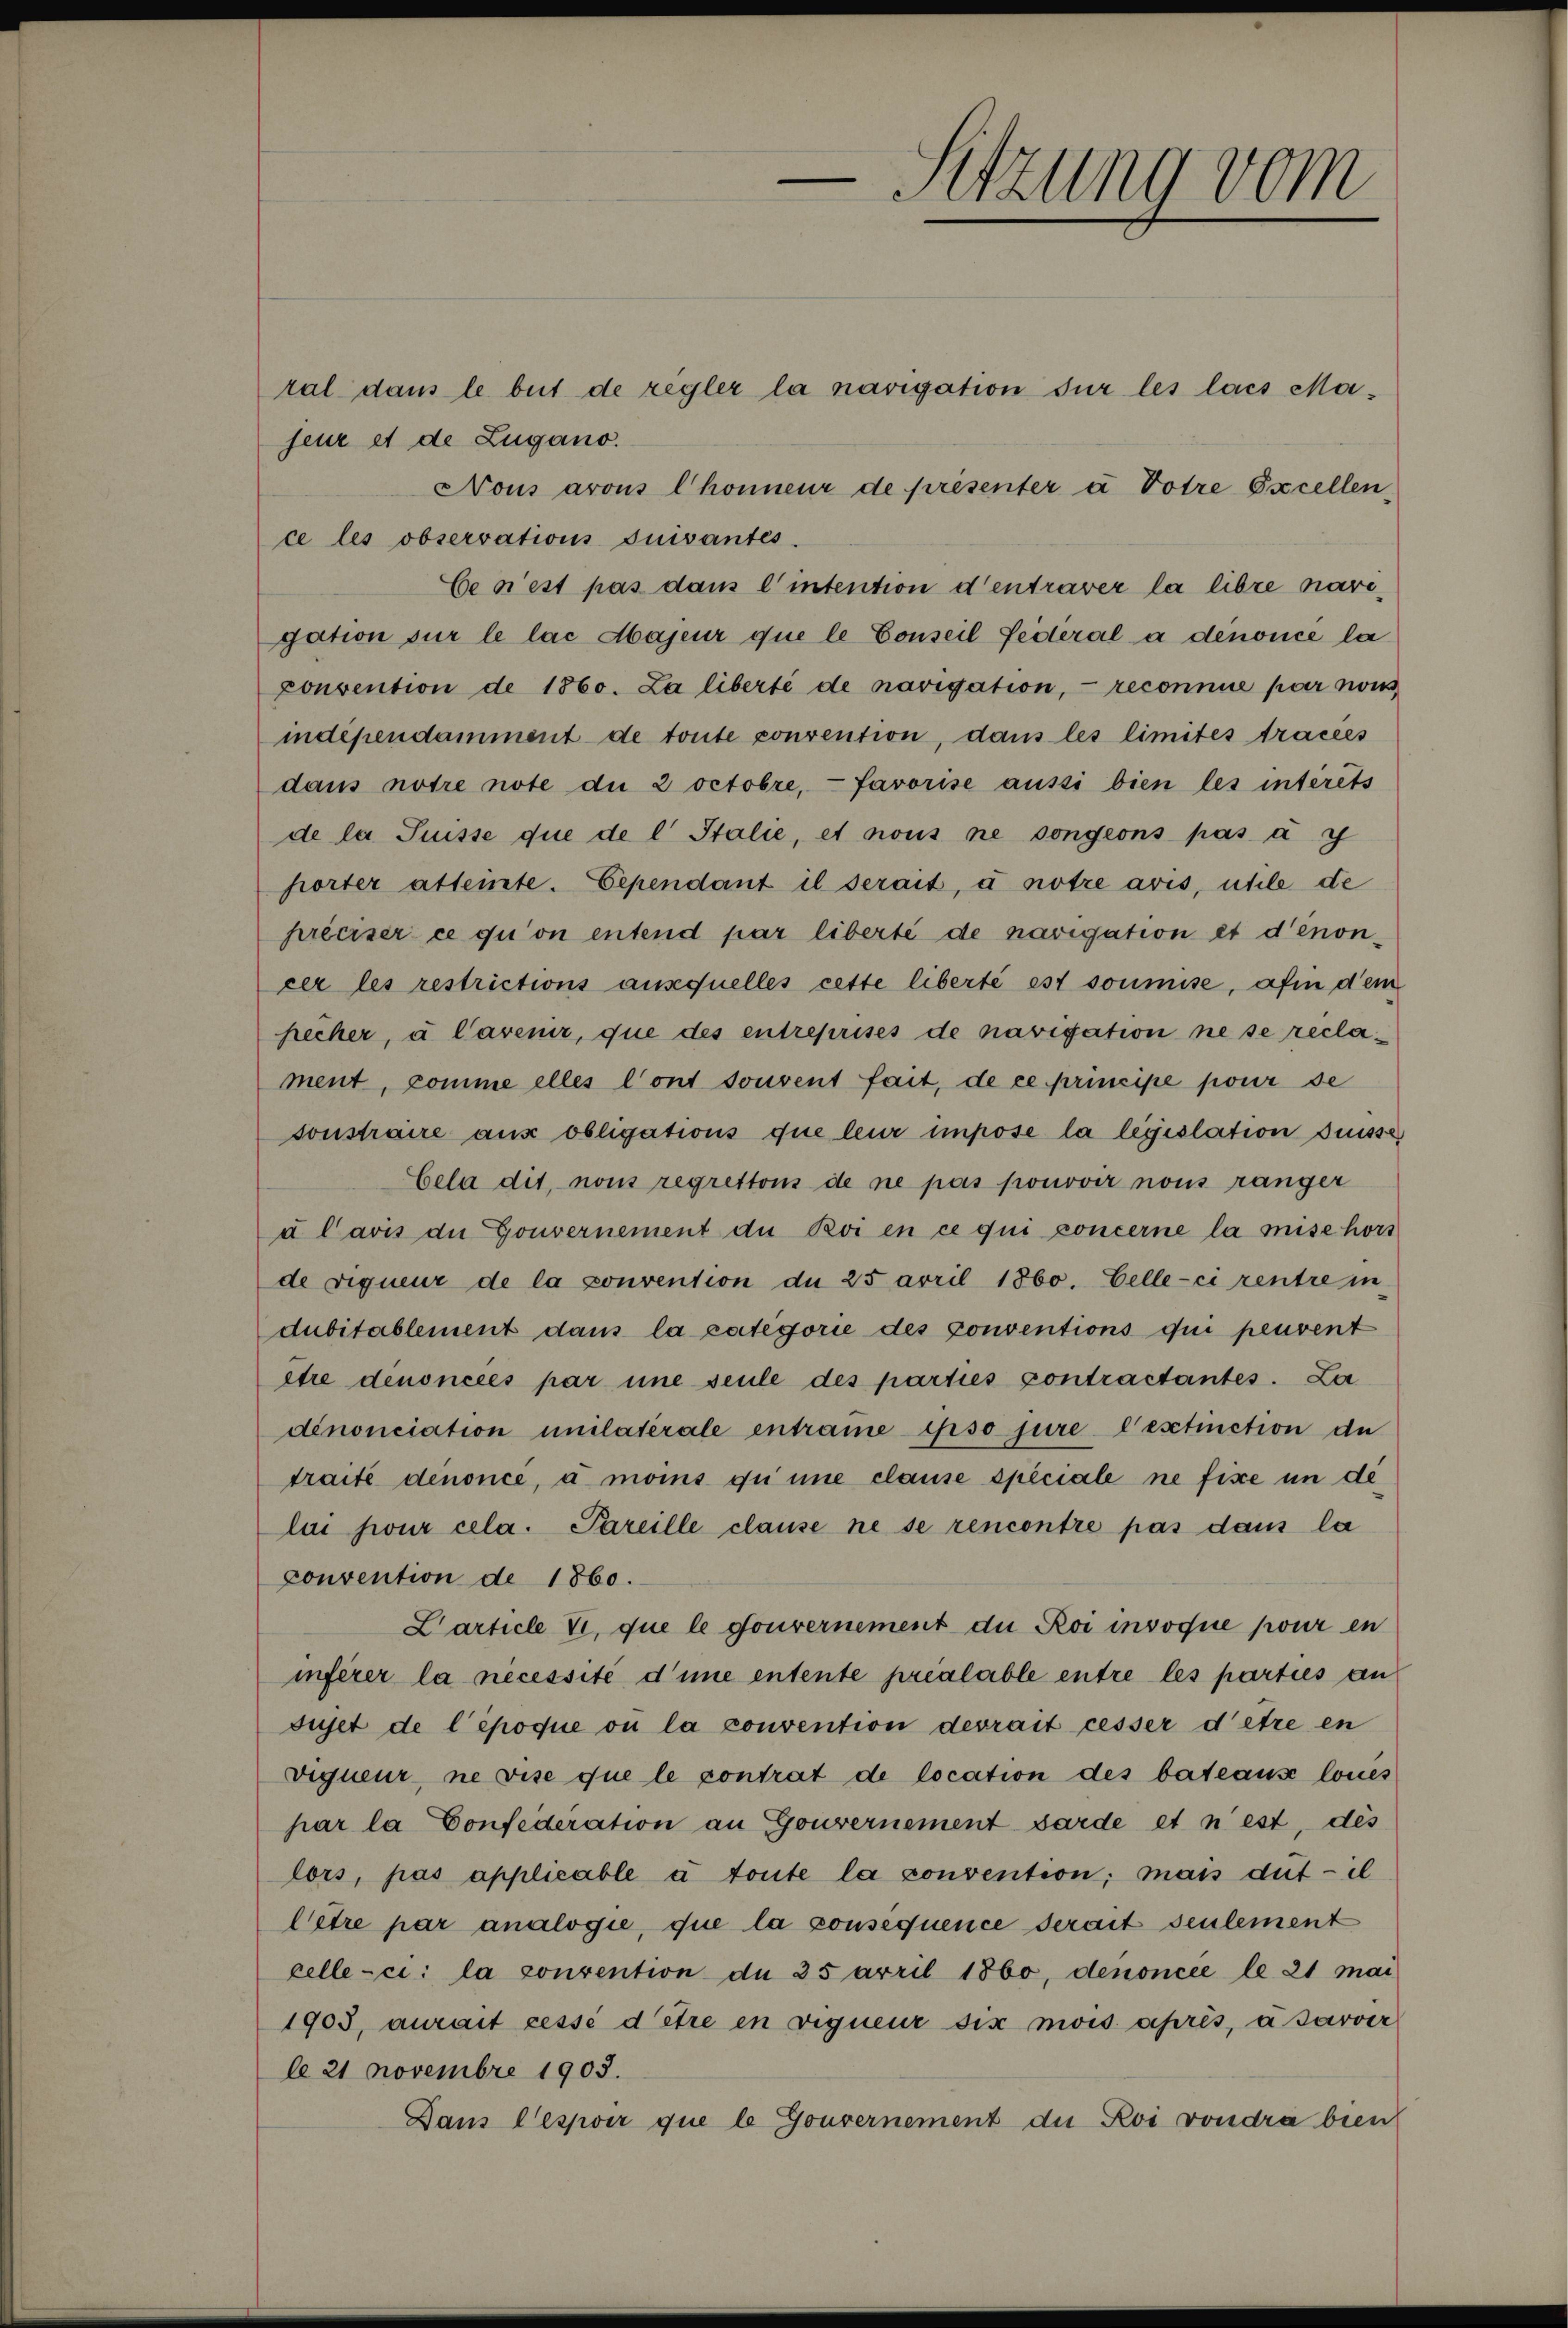
Sitzung vom

tal dans le but de regler la navigation sur les lais Majeur et de Zugano.
Nous arons Chonneur de présenter à Votre Excellen
ce les observations suivantes.
Ce n’est pas dans l’intention d’entraver la libre navigation sur le lac Majeur que le Conseil fédéral a dénoncé la
convention de 1860. La liberté de navigation, reconnue par cons
indépendamment de toute convention, dans les limites tracées
dans notre note die 2 octobre, — favorise aussi bien les intérêts
de la Suisse que de l. Stalie, et nous ne songeons pas à y
hörter atteinte. Cependant il serait, u notre avis, ühle de
préciser ce qui on entend par liberté de navigation et d’énoncer les restrictions ansequelles cette liberté est soumise, afin dem
hecher, u Cavenir, que des entreprises de navigation ne se reclament, comme elles l’ont souvent fait, de ce principe pour se
sonstraire aus obligations que leur impose la législation desse
Cela dit, nous regrettons de ne pas ponovir nous ranger
u Pavis die Gouvernement du Boi en ce qui concerne la mise hors
de rigueur de la convention de 25 arril 1860. Celle-ci rentre in
dubitablement dans la categorie des conventions qui peuvent
être denoncées par une seule des parties contractantes. Za
denonciation unilatérale entraue ipso jure l’estinction de
traite denoncé, à moins qu une clause speciale ne fixe in de
lai pour cela. Pareille clause ne se rencontre pas dans la
convention de 1860.
Larticle 7, que le gouvernement die Roi invoque pour en
inferer la necessité d’une entente préalable entre les parties an
sujet de l’époque où la convention devrait cesser d’être en
vigneur, ne vise que le contrat de location des bateause loues
par la Confederation an Gouvernement barde et n est, des
lors, pas applicable à toute la convention; mais dut - il
lêtre par analogie, que la consequence serait seulement
celle-ci: la convention de 25 arril 1860, denoncée le 21 mai
1903, aurait cessé d’être en vigneur six mois après, à sarver
le 21 Novembre 1903.
Dans lespoir que le Gouvernement die Roi vondra bien